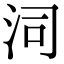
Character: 泀